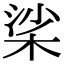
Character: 桬